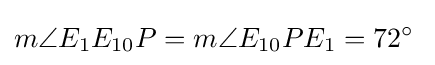
m\angle E_{1}E_{10}P=m\angle E_{10}PE_{1}=72^{\circ }\;